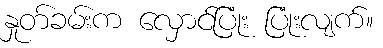
နှုတ်ခမ်းက လှောင်ပြုံး ပြုံးလျက်။